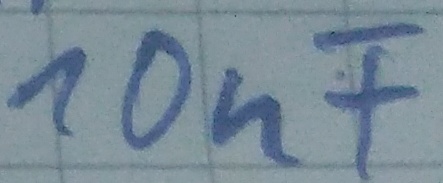
Text: 10nF